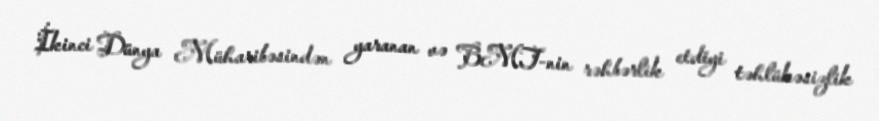
İkinci Dünya Müharibəsindən yaranan və BMT-nin rəhbərlik etdiyi təhlükəsizlik